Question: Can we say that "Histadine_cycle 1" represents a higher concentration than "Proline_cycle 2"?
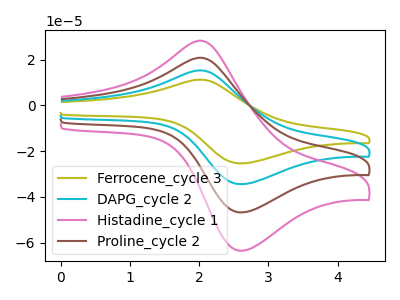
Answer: <think>The olive curve "Ferrocene_cycle 3" has an anodic peak at (2.00V, 62.60uA) and a cathodic peak at (2.60V, -140.40uA). The cyan curve "DAPG_cycle 2" has an anodic peak at (2.00V, 41.75uA) and a cathodic peak at (2.60V, -93.60uA). The pink curve "Histadine_cycle 1" has an anodic peak at (2.00V, 28.35uA) and a cathodic peak at (2.60V, -63.55uA). The brown curve "Proline_cycle 2" has an anodic peak at (2.00V, 20.85uA) and a cathodic peak at (2.60V, -46.80uA).
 All the peaks in "Histadine_cycle 1" have a peak in "Proline_cycle 2" at the same potential. Every peak in "Histadine_cycle 1" is higher than every peak in "Proline_cycle 2".</think>
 <answer>"Histadine_cycle 1" has more signal than "Proline_cycle 2" and so likely has a higher concentration.</answer>
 <eval>more_concentration</eval>